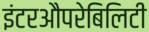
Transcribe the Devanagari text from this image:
इंटरऔपरेबिलिटी